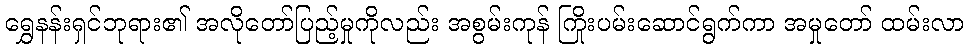
ရွှေနန်းရှင်ဘုရား၏ အလိုတော်ပြည့်မှုကိုလည်း အစွမ်းကုန် ကြိုးပမ်းဆောင်ရွက်ကာ အမှုတော် ထမ်းလာ